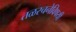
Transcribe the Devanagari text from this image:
तळरचनेविषयी